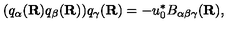
( q _ { \alpha } ( { \bf R } ) q _ { \beta } ( { \bf R } ) ) q _ { \gamma } ( { \bf R } ) = - u _ { 0 } ^ { * } B _ { \alpha \beta \gamma } ( { \bf R } ) ,